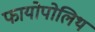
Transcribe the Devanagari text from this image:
फायोपोलिथ